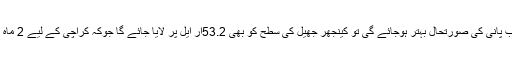
انہوں نے کہا کہ دریائے سندھ میں جب پانی کی صورتحال بہتر ہوجائے گی تو کینجھر جھیل کی سطح کو بھی 53.2آر ایل پر لایا جائے گا جوکہ کراچی کے لیے 2 ماہ کے پانی کے ذخیرے کے برابر ہوگا۔